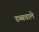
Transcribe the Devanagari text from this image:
डब्बवाले